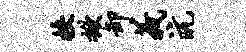
挟掀卸义沆